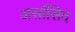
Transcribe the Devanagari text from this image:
अर्सासिद